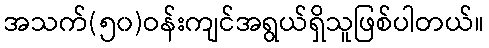
အသက်(၅၀)ဝန်းကျင်အရွယ်ရှိသူဖြစ်ပါတယ်။